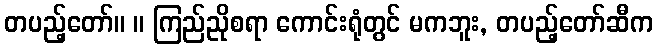
တပည့်တော်။ ။ ကြည်ညိုစရာ ကောင်းရုံတွင် မကဘူး, တပည့်တော်ဆီက